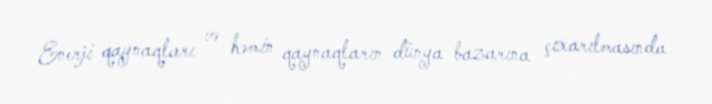
Enerji qaynaqları və həmin qaynaqların dünya bazarına çıxarılmasında